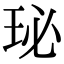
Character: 珌